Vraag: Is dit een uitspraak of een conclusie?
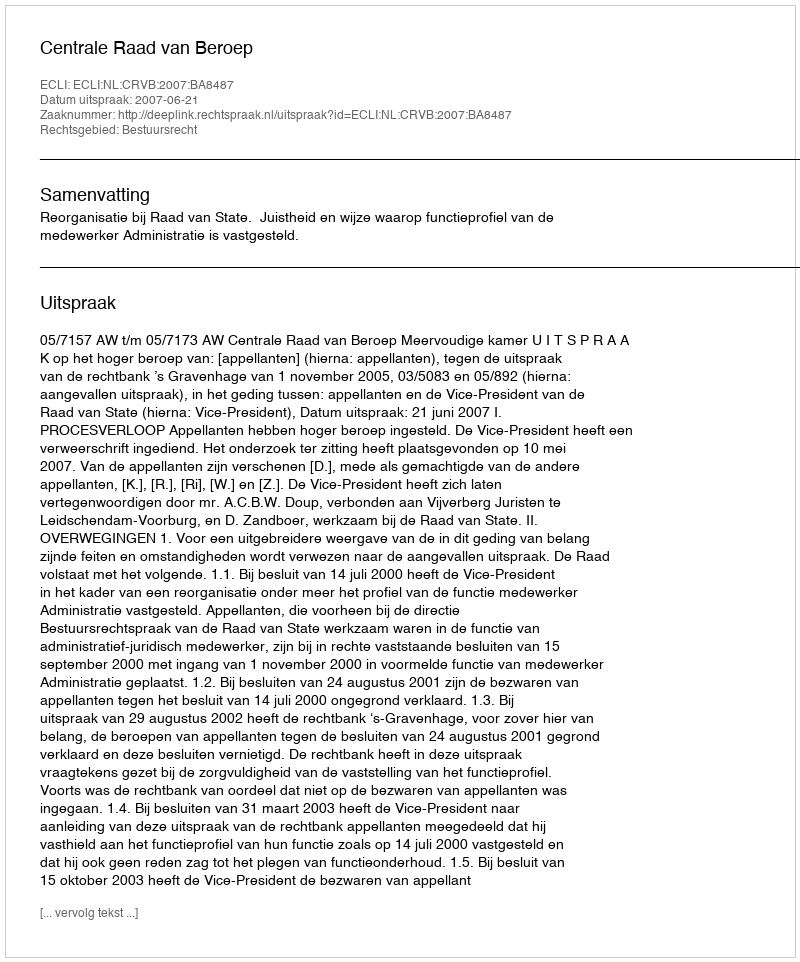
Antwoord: Uitspraak